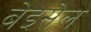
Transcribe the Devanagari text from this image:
बेइसेल